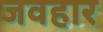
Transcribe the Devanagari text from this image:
जवहार